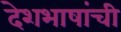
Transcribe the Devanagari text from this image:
देशभाषांची